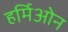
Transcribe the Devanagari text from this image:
हर्मिओन